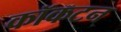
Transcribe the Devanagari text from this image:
कॉकटन